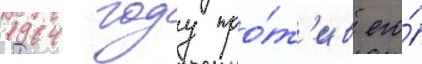
1964 году про́т'ив его́